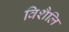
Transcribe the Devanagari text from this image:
विशैलि